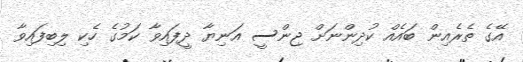
އޭގެ ތެރެއިން ބައެއް ކުދިންނަށް ޖިންސީ އަނިޔާ ދީފައިވާ ކަމުގެ ހެކި ލިބިފައިވާ